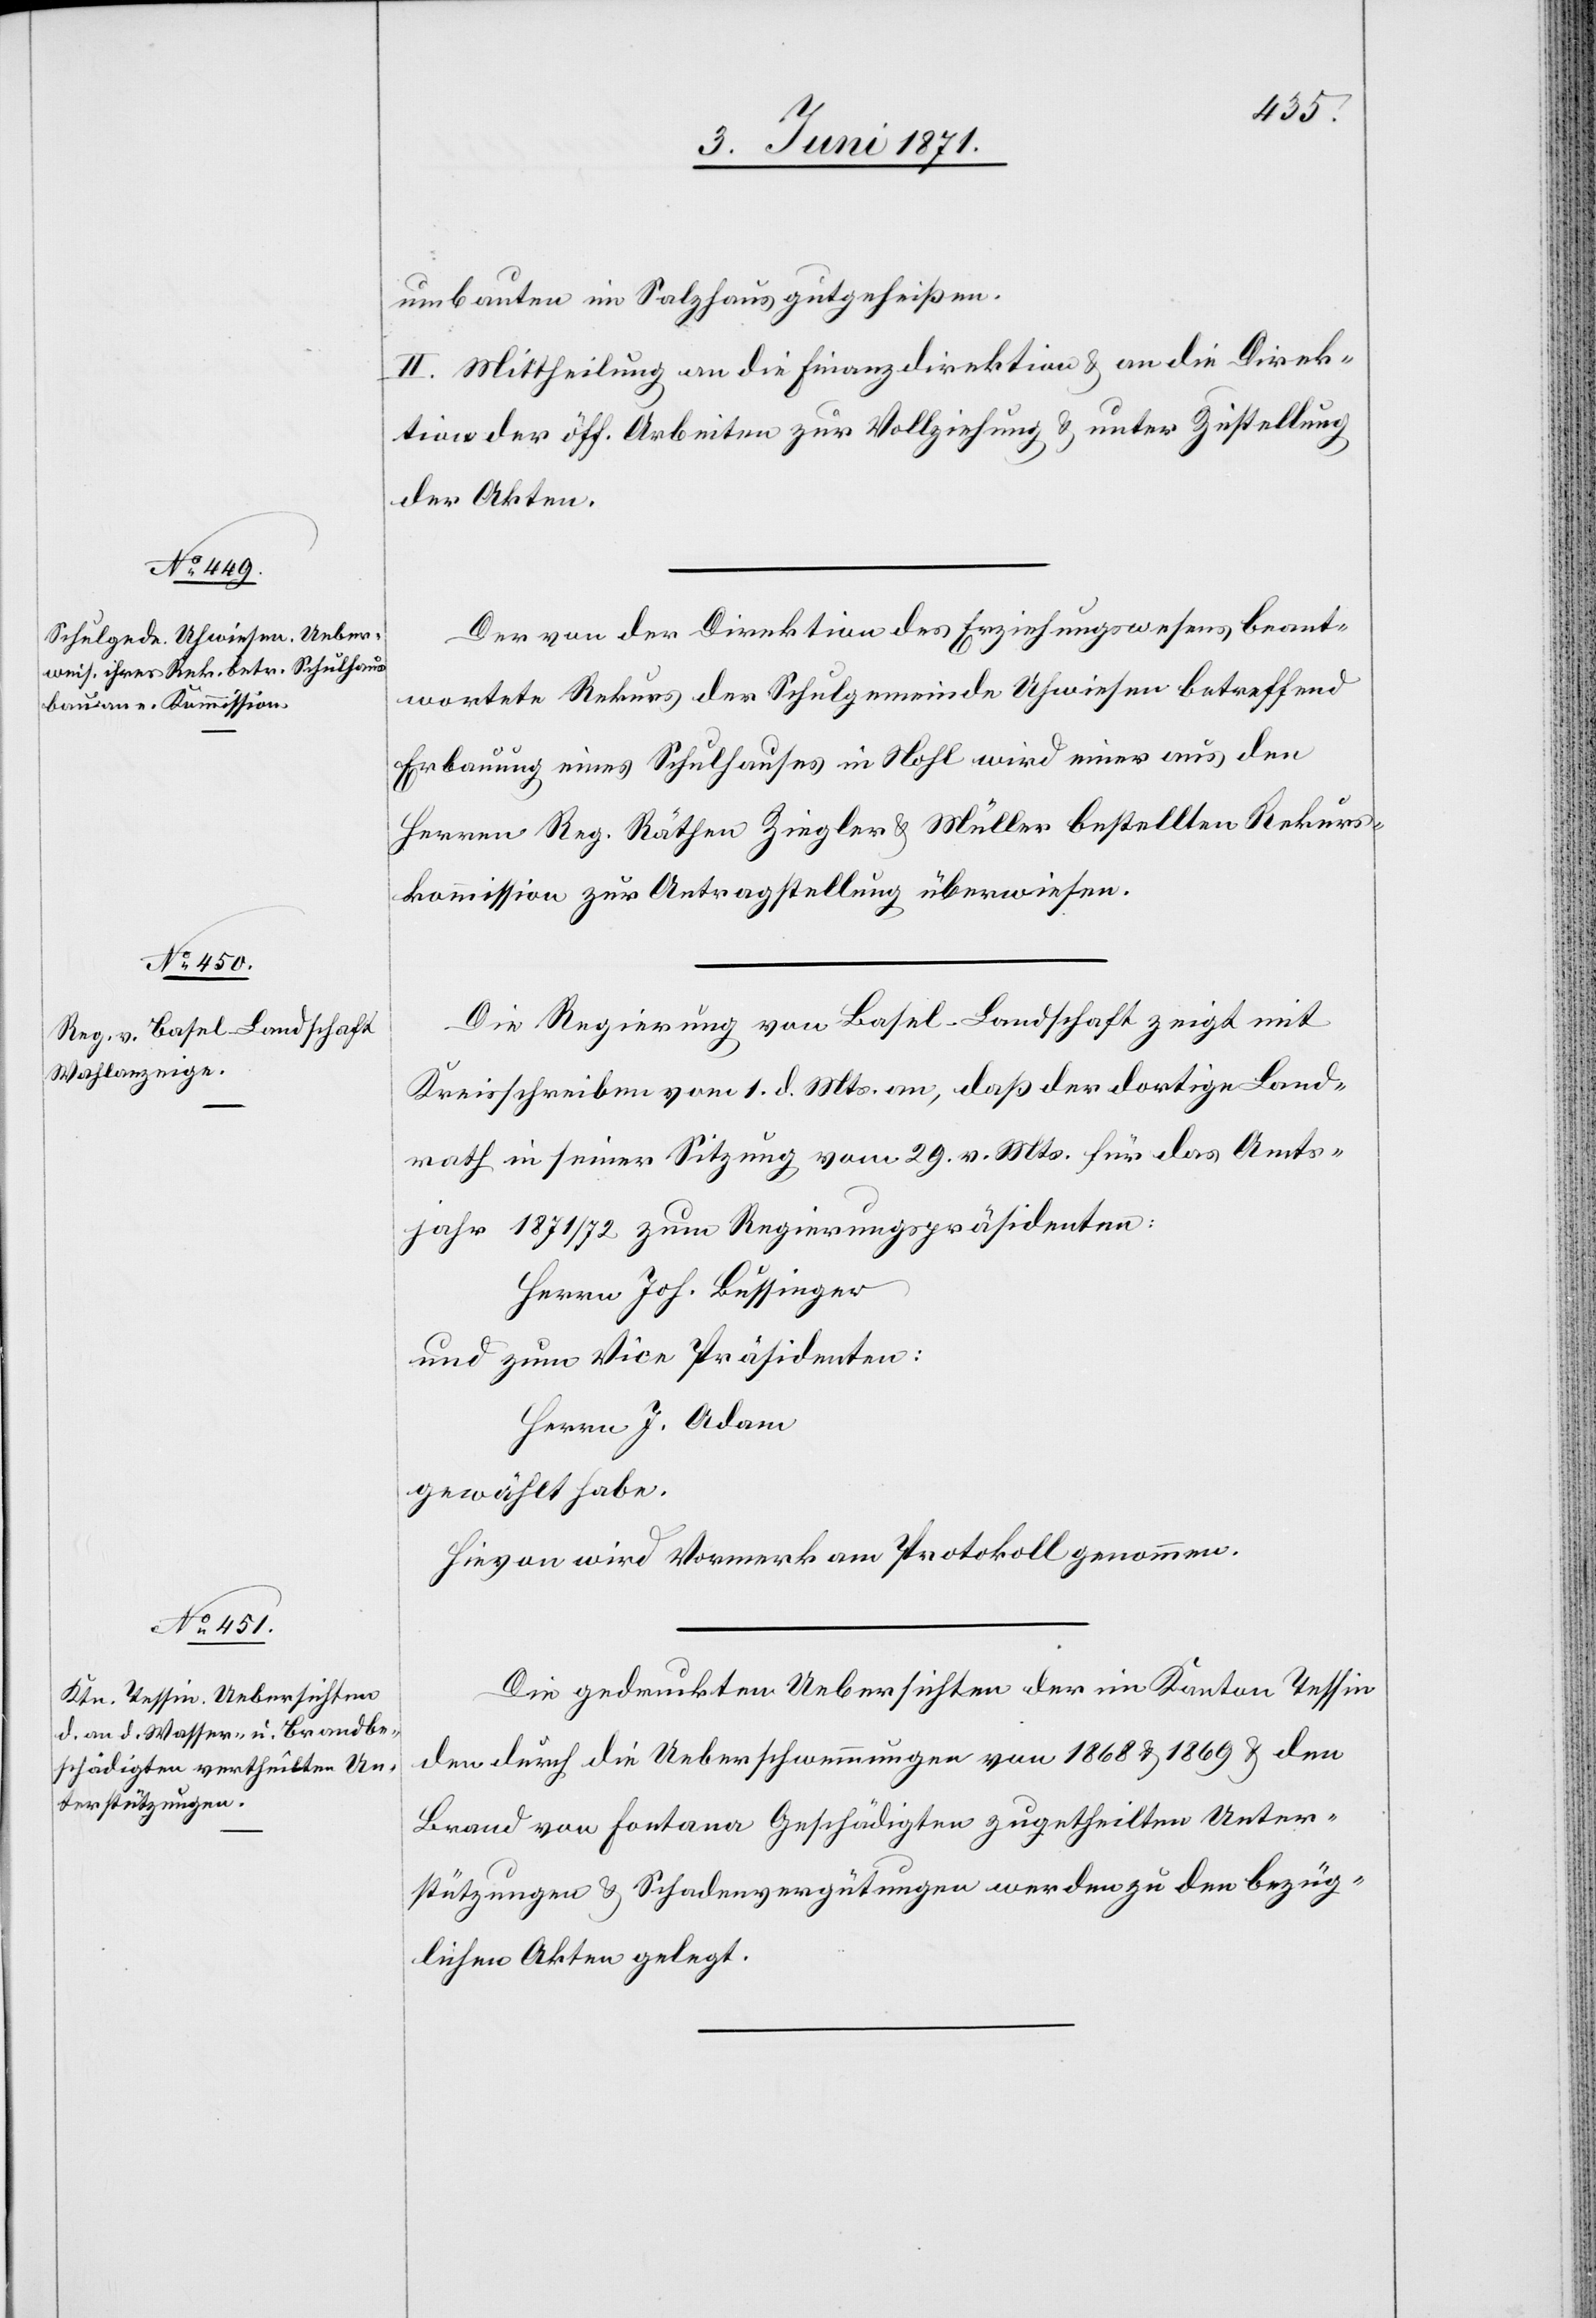
umbauten im Salzhaus gutgeheißen.
II. Mittheilung an die Finanzdirektion u. an die Direk¬
tion der öff. Arbeiten zur Vollziehung u. unter Zustellung
der Akten.
Der von der Direktion des Erziehungswesens beant¬
wortete Rekurs der Schulgemeinde Uhwiesen betreffend
Erbauung eines Schulhauses in Nohl wird einer aus den
Herren Reg. Räthen Ziegler u. Müller bestellten Rekurs¬
kommission zur Antragstellung überwiesen.
Die Regierung von Basel-Landschaft zeigt mit
Kreisschreiben vom 1. d. Mts. an, daß der dortige Land¬
rath in seiner Sitzung vom 29. v. Mts. für das Amts¬
jahr 1871/72 zum Regierungspräsidenten:
Herrn Joh. Bussinger
und zum Vice Präsidenten:
Herr J. Adam
gewählt habe.
Hievon wird Vormerk am Protokoll genommen.
Die gedruckten Uebersichten der im Kanton Tessin
den durch die Ueberschwemmungen von 1868 u. 1869 u. den
Brand von Fontana Geschädigten zugetheilten Unter¬
stützungen u. Schadenvergütungen werden zu den bezüg¬
lichen Akten gelegt.